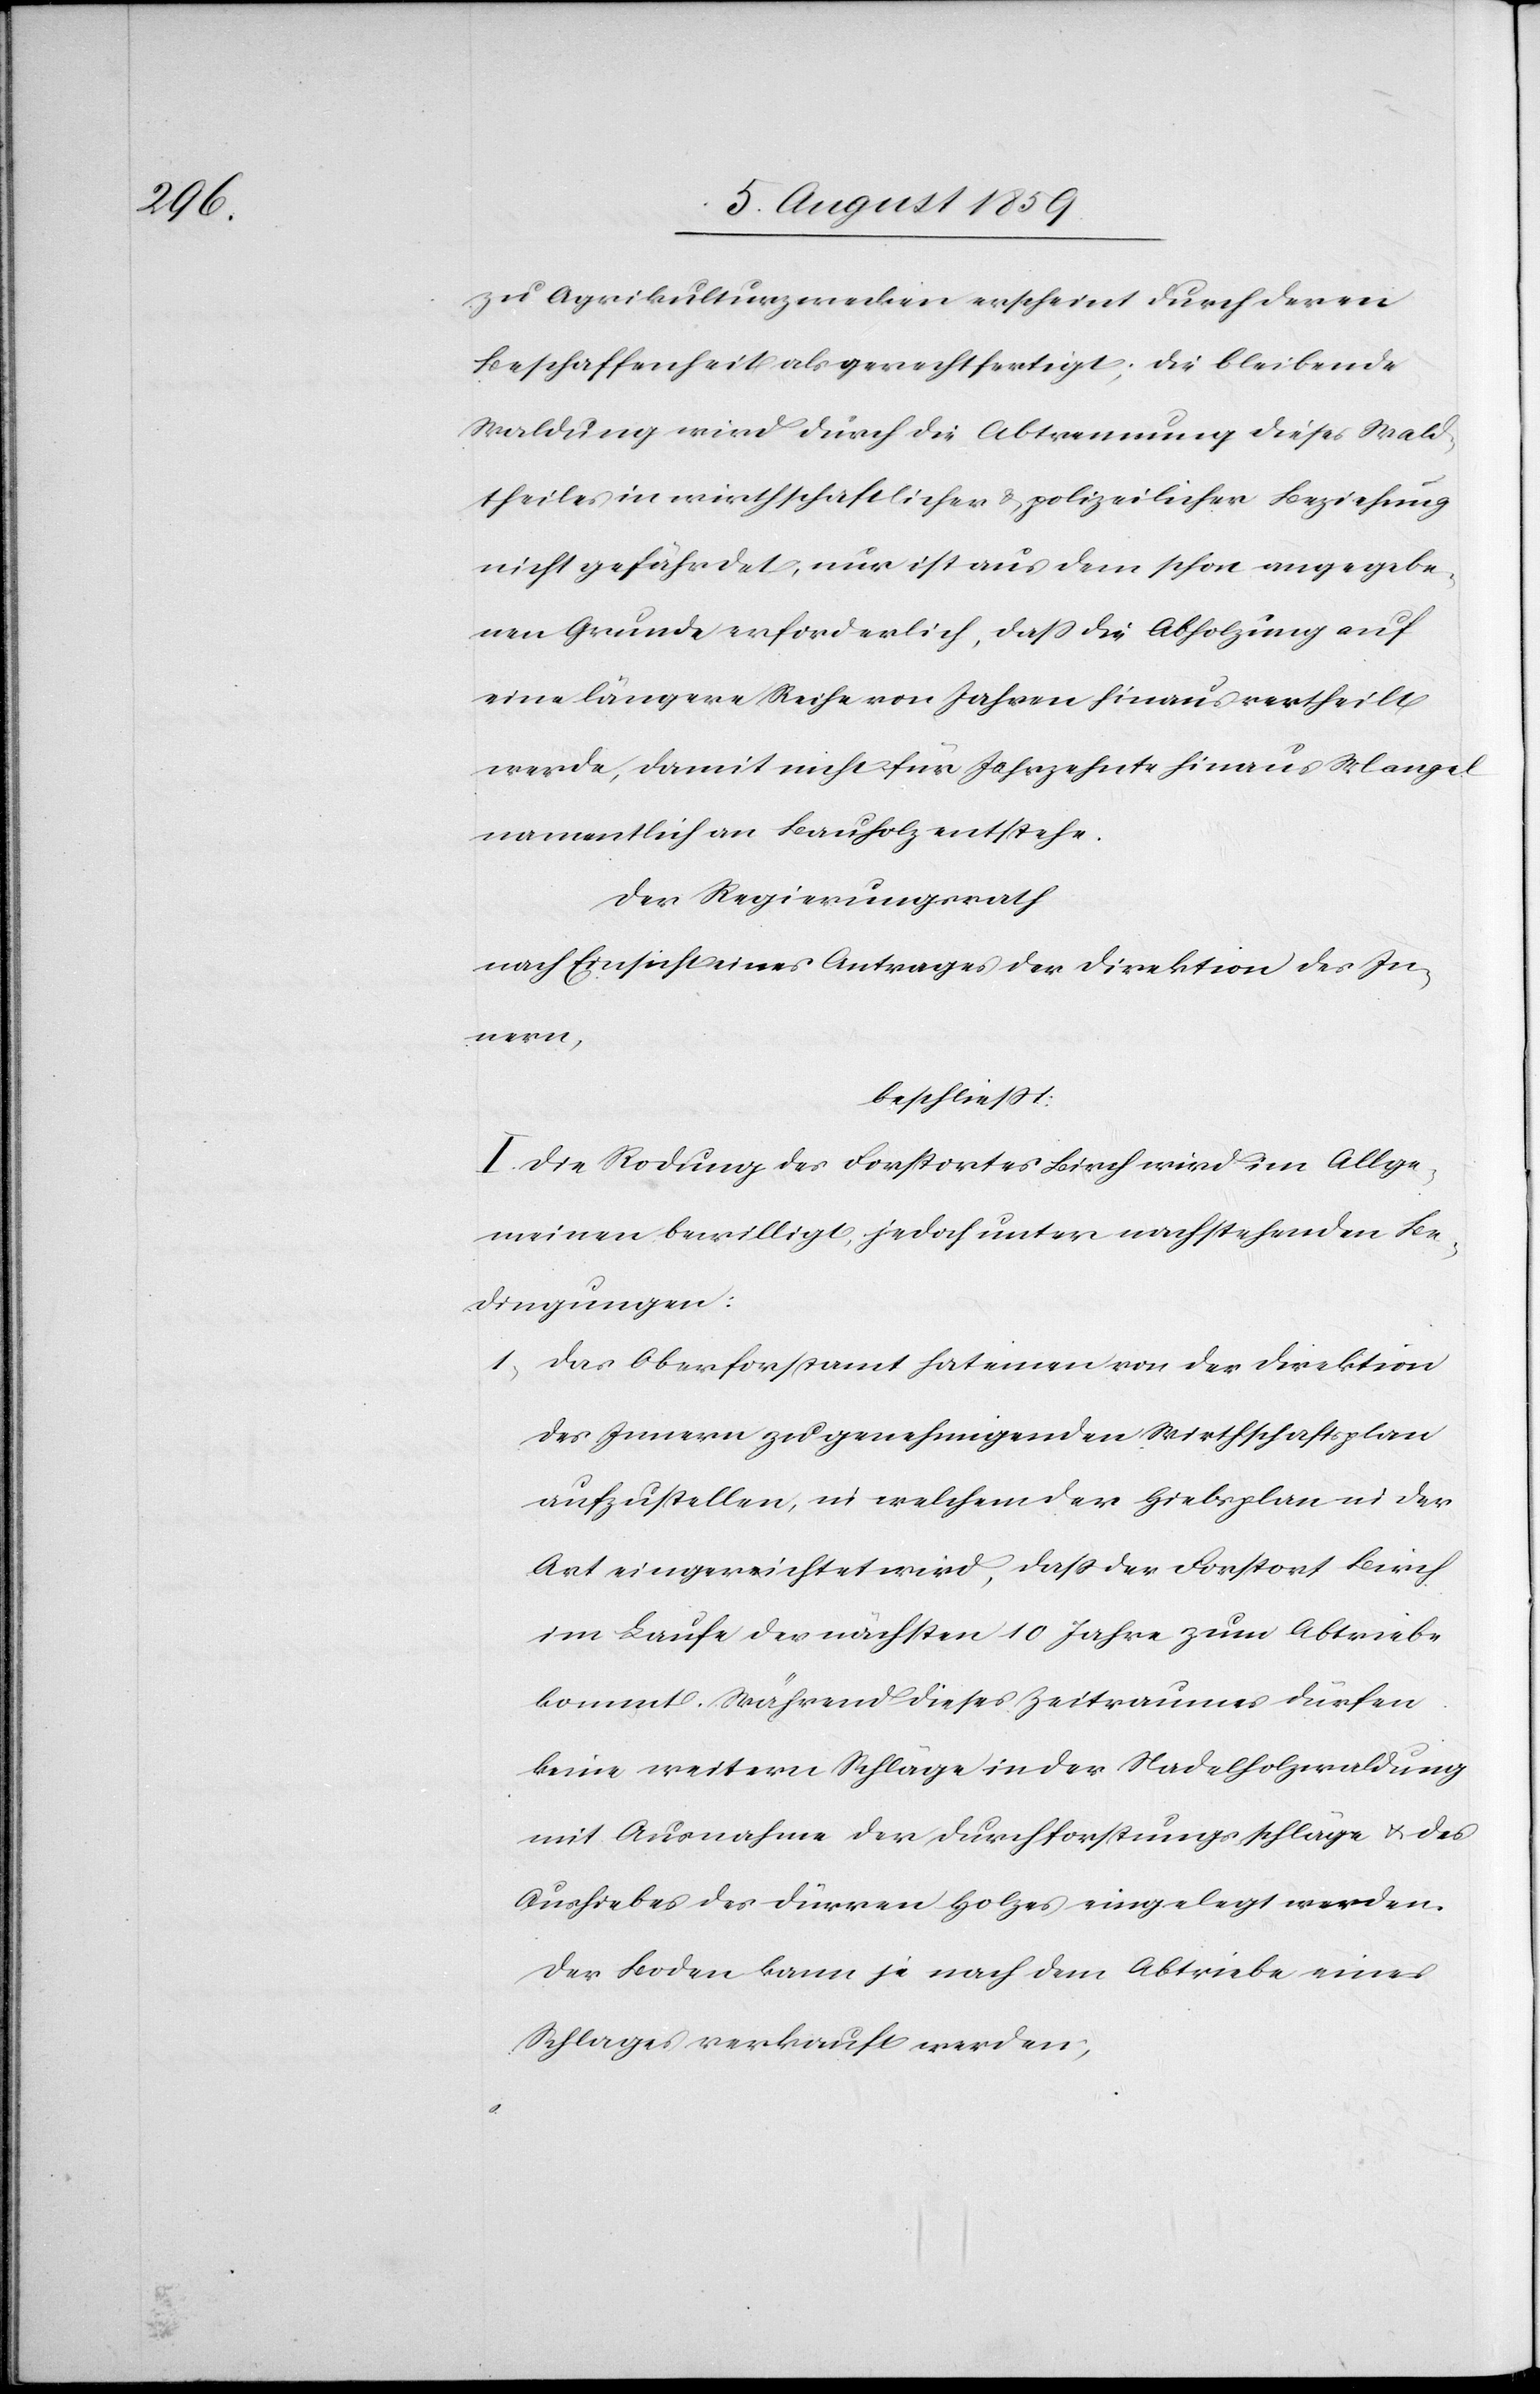
zu Agrikulturzwecken erscheint durch deren
Beschaffenheit als gerechtfertigt; die bleibende
Waldung wird durch die Abtrennung dieses Wald¬
theiles in wirtschaftlicher u. polizeilicher Beziehung
nicht gefährdet, nur ist aus dem schon angegebe¬
nen Grunde erforderlich, daß die Abholzung auf
eine längere Reihe von Jahren hinaus vertheilt
werde, damit nicht für Jahrzehnte hinaus Mangel
namentlich an Bauholz entstehe.
Der Regierungsrath
nach Einsicht eines Antrages der Direktion des In¬
nern,
beschließt:
I. Die Rodung des Forstortes Birch wird im Allge¬
meinen bewilligt, jedoch unter nachstehenden Be¬
dingungen:
1. Das Oberforstamt hat einen von der Direktion
des Innern zu genehmigenden Wirtschaftsplan
aufzustellen in welchem der Hiebsplan in der
Art eingerichtet wird, daß der Forstort Birch
im Laufe der nächsten 10 Jahre zum Abtriebe
kommt. Während dieses Zeitraumes dürfen
keine weitern Schläge in der Nadelholzwaldung
mit Ausnahme der Durchforstungsschläge u. des
Aushiebes des Dürren Holzes eingelegt werden.
Der Boden kann je nach dem Abtriebe eines
Schlages verkauft werden.